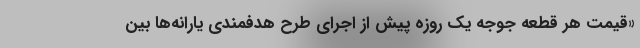
«قیمت هر قطعه جوجه یک روزه پیش از اجرای طرح هدفمندی یارانه‌ها بین